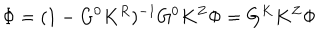
\Phi = ( 1 - G ^ { 0 } K ^ { R } ) ^ { - 1 } G ^ { 0 } K ^ { Z } \Phi = G ^ { K } K ^ { Z } \Phi